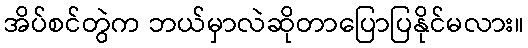
အိပ်စင်တွဲက ဘယ်မှာလဲဆိုတာပြောပြနိုင်မလား။